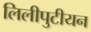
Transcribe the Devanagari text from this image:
लिलीपुटीयन